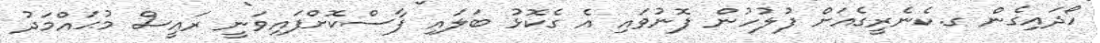
ހޯދައިގެން ގ.ކެނެރީގެއަށް ފުލުހުން ފޮނުވައި އެ ގެކޮޅު ބަލައި ފާސްކޮށްފައިވަނީ ރައީސް މުޙައްމަދު